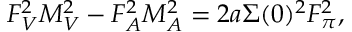
F _ { V } ^ { 2 } M _ { V } ^ { 2 } - F _ { A } ^ { 2 } M _ { A } ^ { 2 } = 2 a \Sigma ( 0 ) ^ { 2 } F _ { \pi } ^ { 2 } ,